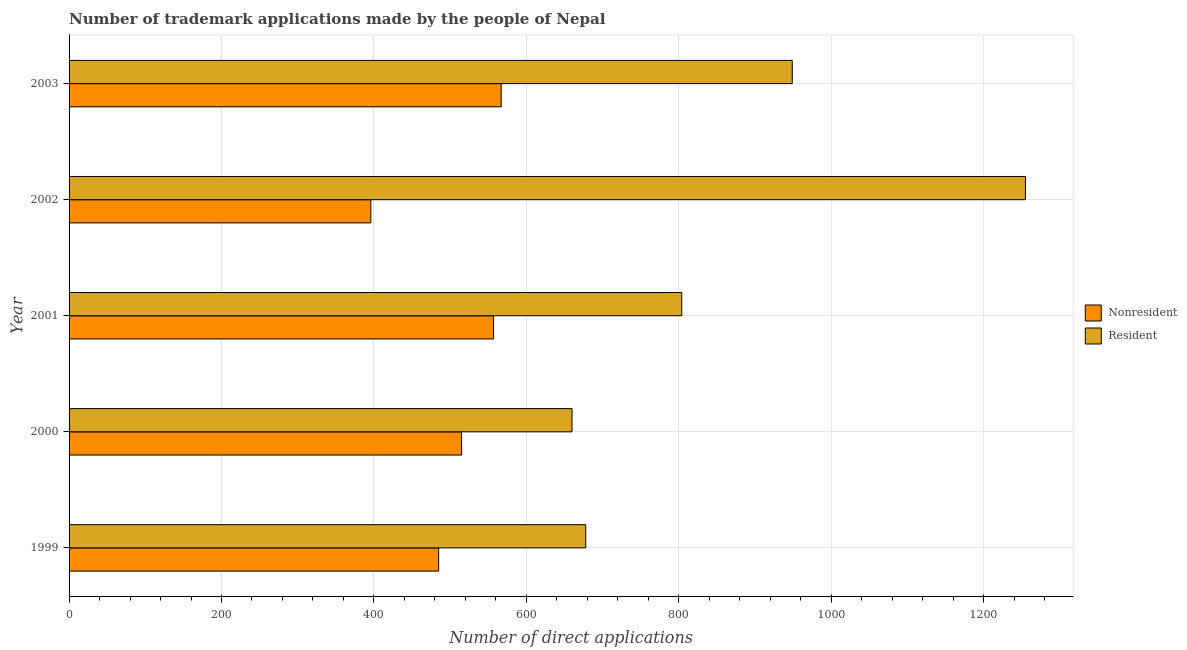
| Year | Nonresident | Resident |
 | --- | --- | --- |
 | 1999 | 485 | 678 |
 | 2000 | 515 | 660 |
 | 2001 | 557 | 804 |
 | 2002 | 396 | 1.26e+03 |
 | 2003 | 567 | 949 |